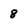
Character: 8